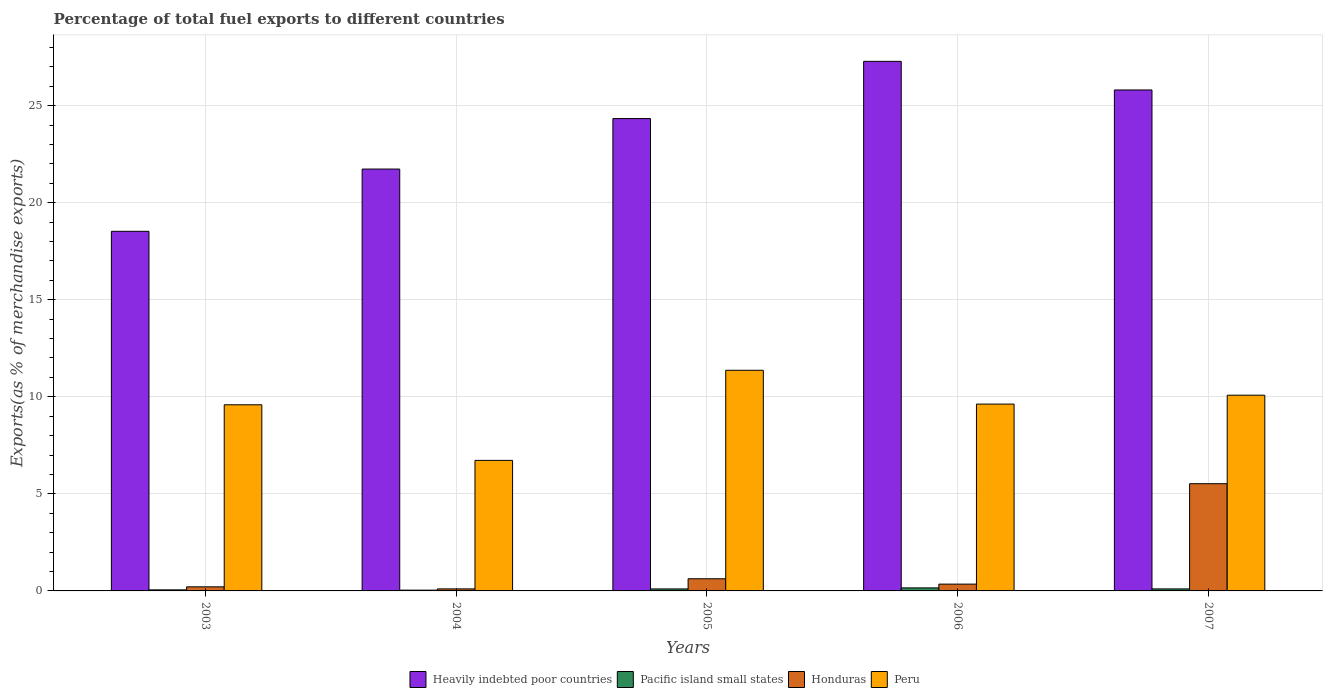
| Years | Heavily indebted poor countries | Pacific island small states | Honduras | Peru |
 | --- | --- | --- | --- | --- |
 | 2003 | 18.5 | 0.0542 | 0.21 | 9.59 |
 | 2004 | 21.7 | 0.0394 | 0.105 | 6.72 |
 | 2005 | 24.3 | 0.102 | 0.625 | 11.4 |
 | 2006 | 27.3 | 0.156 | 0.351 | 9.62 |
 | 2007 | 25.8 | 0.104 | 5.52 | 10.1 |